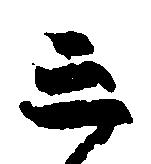
三